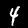
Digit: 4